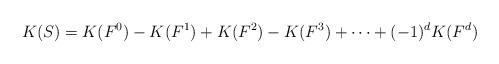
LaTeX: \begin{align*}K(S) = K(F^0) - K(F^1) + K(F^2) - K(F^3) +\dots+(-1)^d K( F^d)\end{align*}